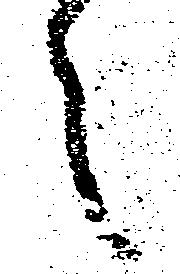
々